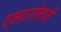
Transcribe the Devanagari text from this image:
एसटरोलाजी